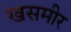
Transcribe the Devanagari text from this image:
खसमीर